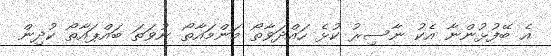
އެ ބޭފުޅުންނާ އެކު ނާސިރު ކުޅެ ހައްދަވާތޯ މަންމައާތޯ ނުވަތަ ބައްޕައާތޯ ކުދިން